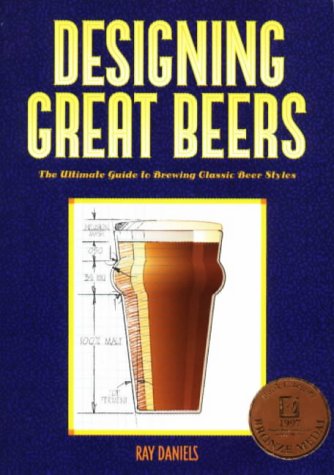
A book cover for Designing Great Beers: The Ultimate Guide to Brewing Classic Beer Styles; Ray Daniels; Cookbooks, Food & Wine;